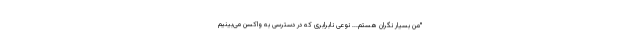
"من بسیار نگران هستم... نوعی نابرابری که در دسترسی به واکسن می‌بینیم